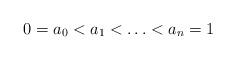
LaTeX: \begin{align*}0=a_0<a_1<\ldots<a_n=1\end{align*}